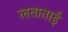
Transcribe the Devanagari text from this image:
लताताई